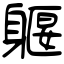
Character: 躽